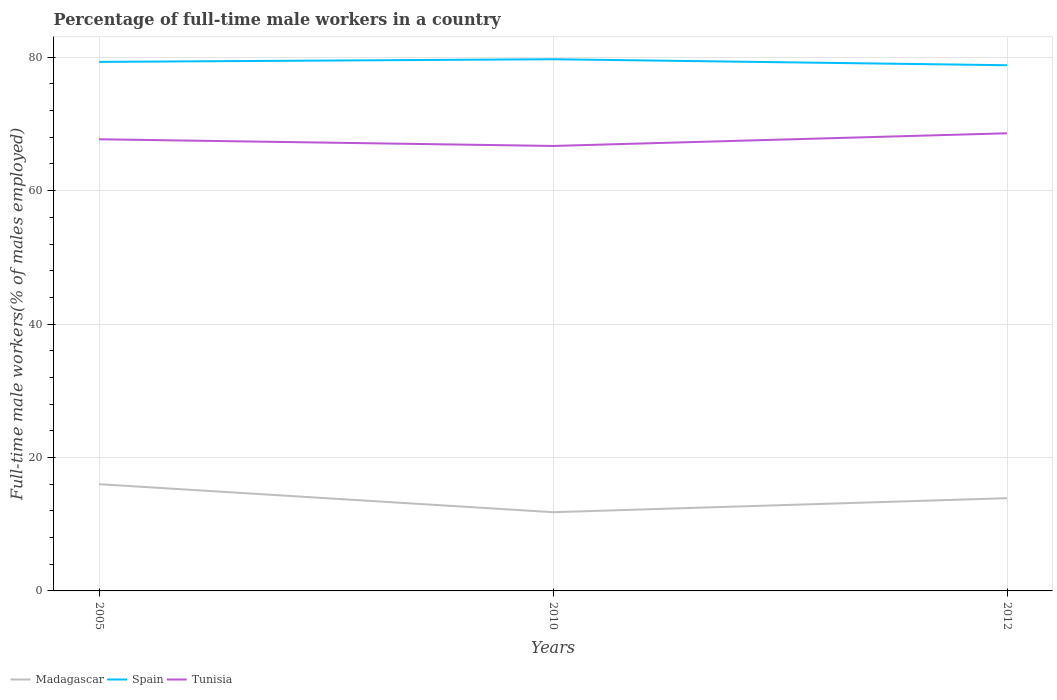
| Years | Madagascar | Spain | Tunisia |
 | --- | --- | --- | --- |
 | 2005 | 16 | 79.3 | 67.7 |
 | 2010 | 11.8 | 79.7 | 66.7 |
 | 2012 | 13.9 | 78.8 | 68.6 |